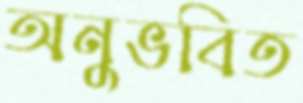
অনুভবিত